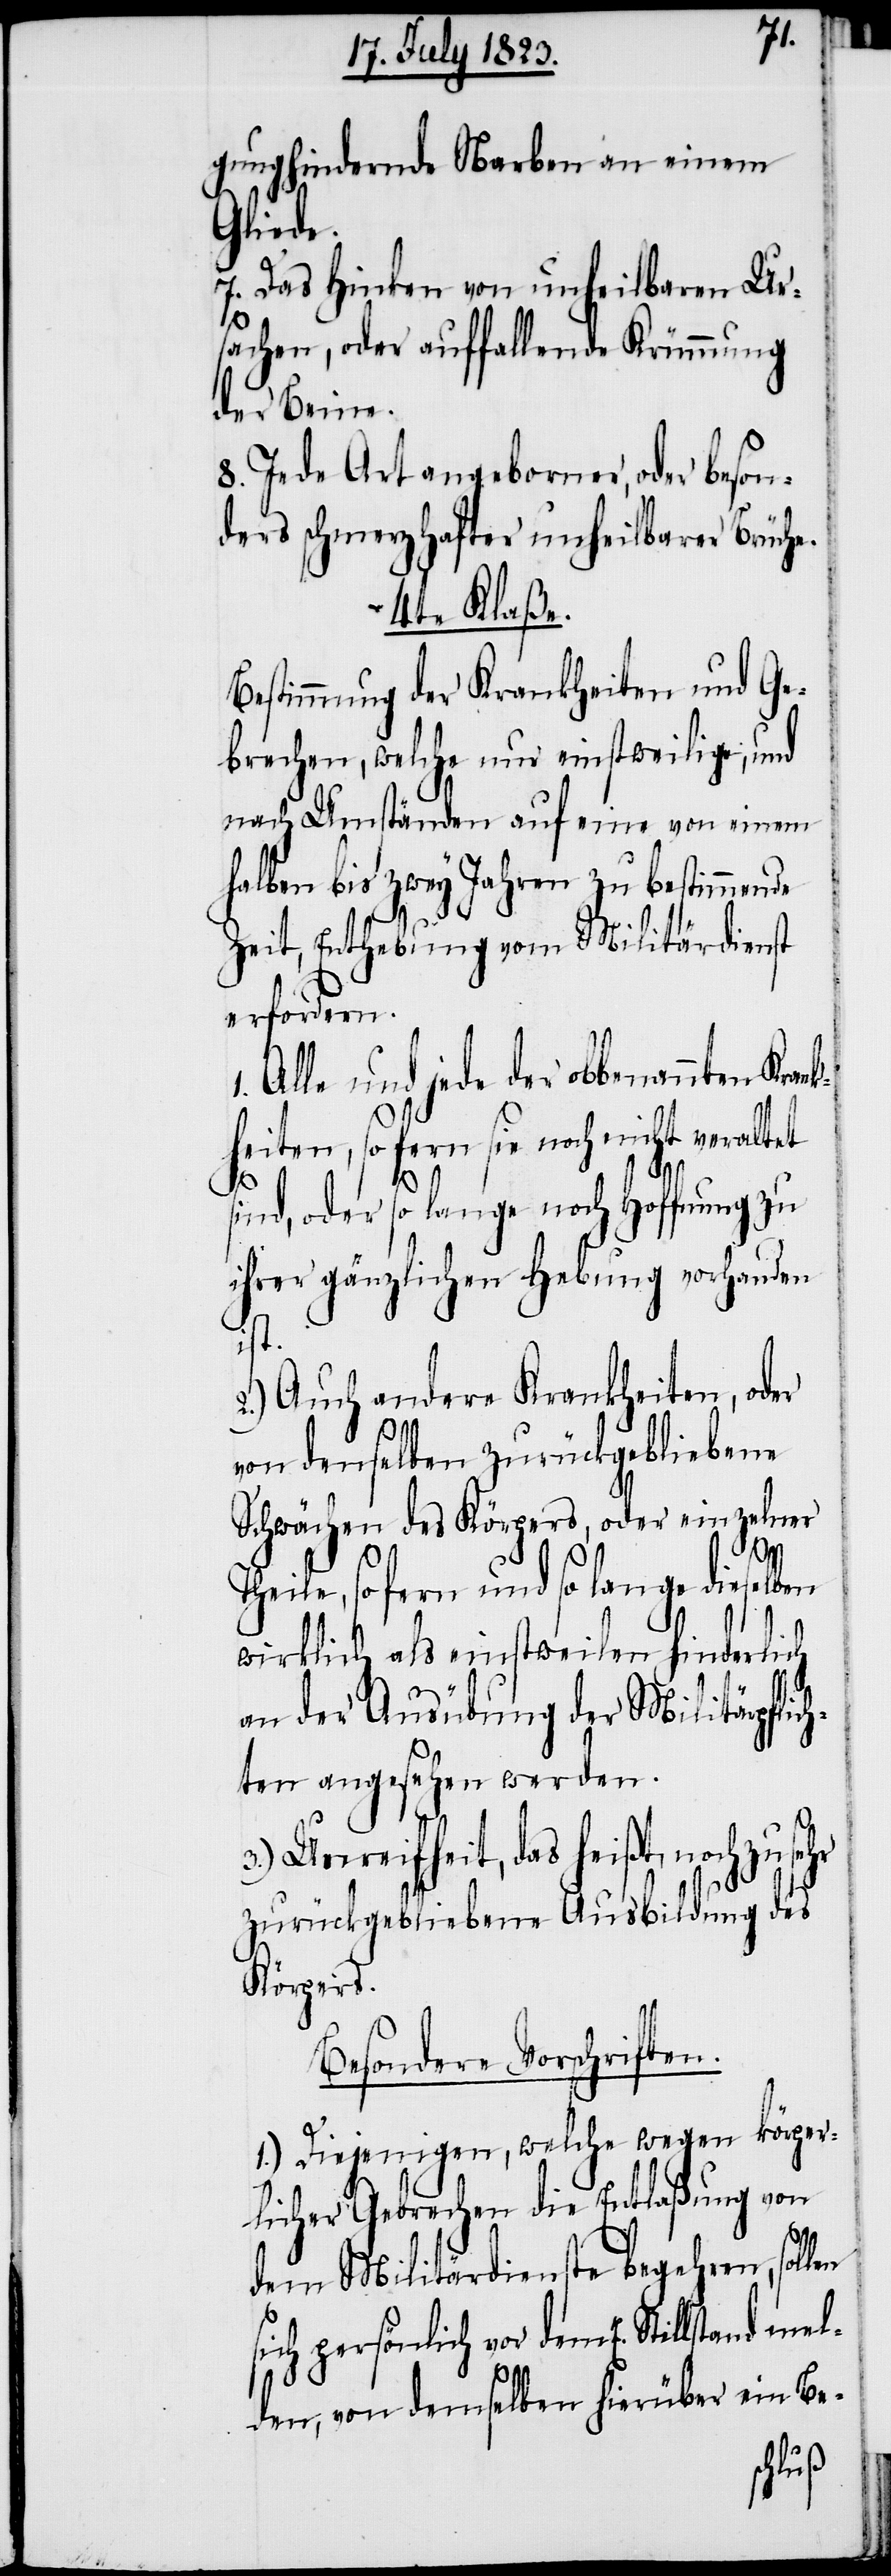
mel¬
gung hindernde Narben an einem
Gliede.
7. Das Hinken von unheilbaren Ur¬
sachen, oder auffallende Krümmung
der Beine.
8. Jede Art angeborner, oder beson¬
ders schmerzhafter unheilbarer Brüche.
4te Klaße.
Bestimmung der Krankheiten und Ge¬
brechen, welche nur einstweilige, und
nach Umständen auf eine von einem
halben bis zwey Jahren zu bestimmende
Zeit, Enthebung vom Militärdienst
erfordern.
1. Alle und jede der obbenannten Kran¬
kheiten, so fern sie noch nicht veraltet
sind, oder so lange noch Hoffnung zu
ihrer gänzlichen Hebung vorhanden
ist.
2.) Auch andere Krankheiten, oder
3.)
von denselben zurückgebliebene
Schwächen des Körpers, oder einzelner
Theile, so fern und so lange dieselb¬
wirklich als einstweilen hinderlich
an der Ausübung der Militärpflich¬
ten angesehen werden.
Unreifheit, das heißt, noch
zurückgebliebene Ausbildung des
Körpers.
Besondere Vorschriften.
1.) Diejenigen, welche wegen körper¬
licher Gebrechen die Entlaßung von
dem Militärdienste begehren, sollen
sich persönlich vor dem E. Stillstand
den, von demselben hierüber ein Be-